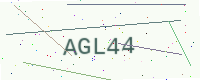
Text: AGL44